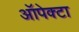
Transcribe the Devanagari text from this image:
ऑपेक्टा